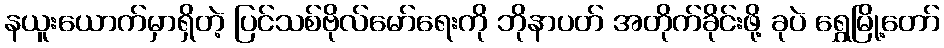
နယူးယောက်မှာရှိတဲ့ ပြင်သစ်ဗိုလ်မော်ရေးကို ဘိုနာပတ် အတိုက်ခိုင်းဖို့ ခုပဲ ရွှေမြို့တော်